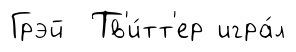
Грэй Тв'и́тт'ер игра́л